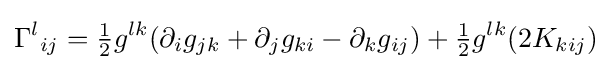
{\Gamma ^{l}}_{ij}={\tfrac {1}{2}}g^{lk}(\partial _{i}g_{jk}+\partial _{j}g_{ki}-\partial _{k}g_{ij})+{\tfrac {1}{2}}g^{lk}(2K_{kij})